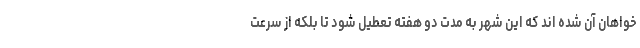
خواهان آن شده اند که این شهر به مدت دو هفته تعطیل شود تا بلکه از سرعت